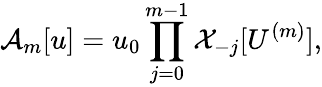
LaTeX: \mathcal{A}_{m}[u]=u_{0}\prod_{j=0}^{m-1}\mathcal{X}_{-j}[U^{(m)}],